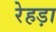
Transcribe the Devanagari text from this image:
रेहड़ा